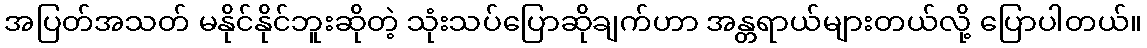
အပြတ်အသတ် မနိုင်နိုင်ဘူးဆိုတဲ့ သုံးသပ်ပြောဆိုချက်ဟာ အန္တရာယ်များတယ်လို့ ပြောပါတယ်။